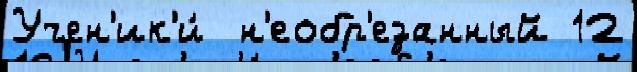
Учен'ик'и́  н'еобр'езанный 12